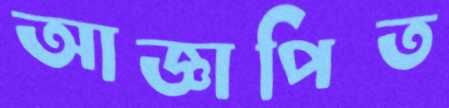
আজ্ঞাপিত